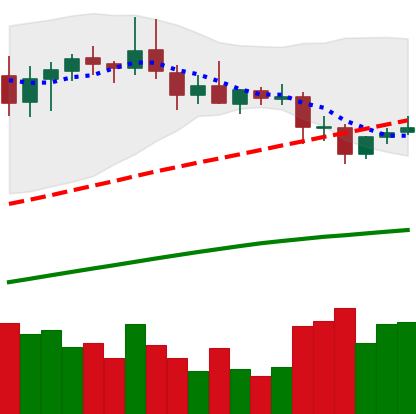
Ticker: DOGE-USD
Chart end date: 2020-08-30
Forward return: -12.151%
Label: down_7plus